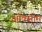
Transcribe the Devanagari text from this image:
ऑक्सीम